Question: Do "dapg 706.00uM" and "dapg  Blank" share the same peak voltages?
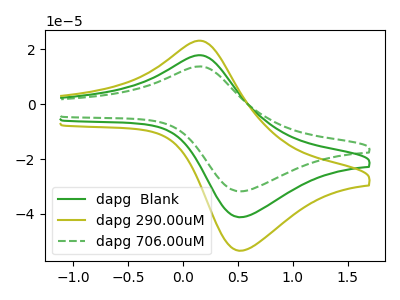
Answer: <think>The green curve "dapg  Blank" has an anodic peak at (0.15V, 17.80uA) and a cathodic peak at (0.55V, -41.15uA). The olive curve "dapg 290.00uM" has an anodic peak at (0.15V, 35.65uA) and a cathodic peak at (0.55V, -82.30uA). The green dashed curve "dapg 706.00uM" has an anodic peak at (0.15V, 13.75uA) and a cathodic peak at (0.55V, -31.75uA).</think>
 <answer>Yes, "dapg 706.00uM" have a peak in "dapg  Blank" at the same potential.</answer>
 <eval>match</eval>